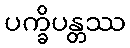
ပက္ခိပန္တဿ